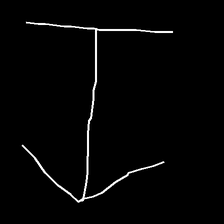
Glyph: levitation